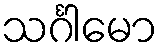
သင်္ဂါမော